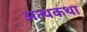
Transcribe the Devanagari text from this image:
अत्थकथा